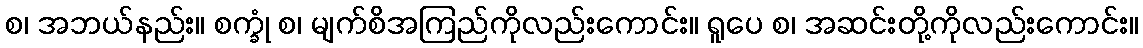
စ၊ အဘယ်နည်း။ စက္ခုံ စ၊ မျက်စိအကြည်ကိုလည်းကောင်း။ ရူပေ စ၊ အဆင်းတို့ကိုလည်းကောင်း။